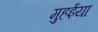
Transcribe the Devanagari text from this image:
मुहईया